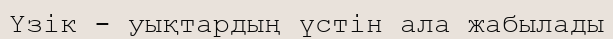
Үзік - уықтардың үстін ала жабылады